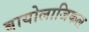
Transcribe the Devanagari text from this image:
बायोलाजिकल